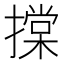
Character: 𢴤